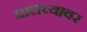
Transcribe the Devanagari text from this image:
घाटाच्यावर